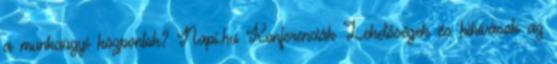
a munkaügyi központok? Napi.hu Konferenciák Lehetőségek és kihívások az